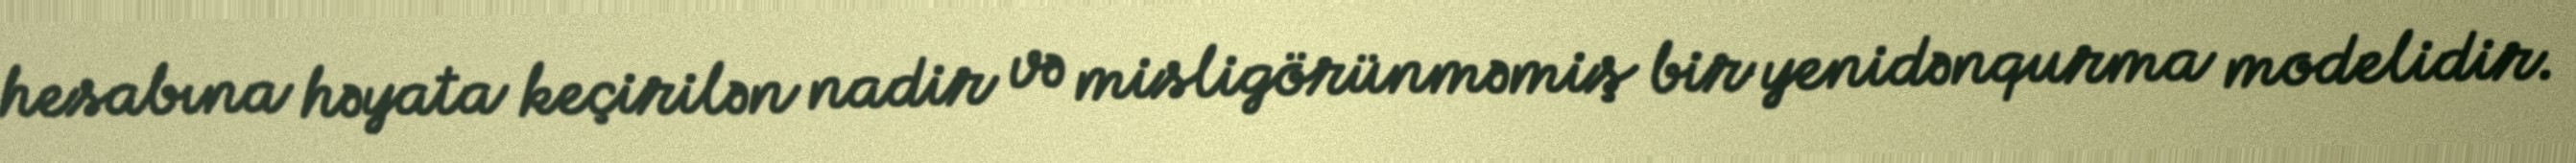
hesabına həyata keçirilən nadir və misligörünməmiş bir yenidənqurma modelidir.